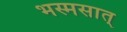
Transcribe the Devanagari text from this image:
भस्मसात्‌